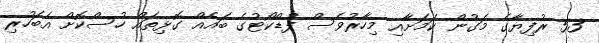
53 ރުފިޔާގެ މަގުން ކަމަށާއި މިހާރުވެސް ފުޑްކޯޓުގެ ބައެއް ގޮޅިތައް ހުސްކޮށް އެބަހުރި